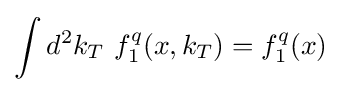
\int d^{2}k_{T}~f_{1}^{q}(x,k_{T})=f_{1}^{q}(x)